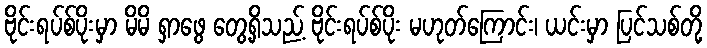
ဗိုင်းရပ်စ်ပိုးမှာ မိမိ ရှာဖွေ တွေ့ရှိသည့် ဗိုင်းရပ်စ်ပိုး မဟုတ်ကြောင်း၊ ယင်းမှာ ပြင်သစ်တို့